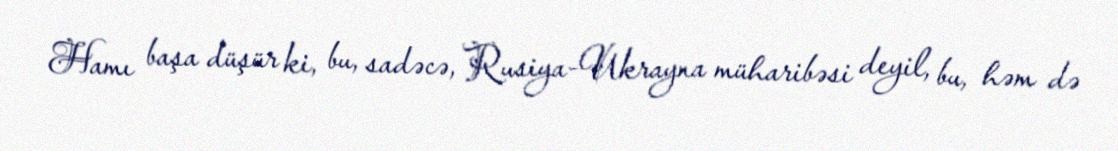
Hamı başa düşür ki, bu, sadəcə, Rusiya-Ukrayna müharibəsi deyil, bu, həm də